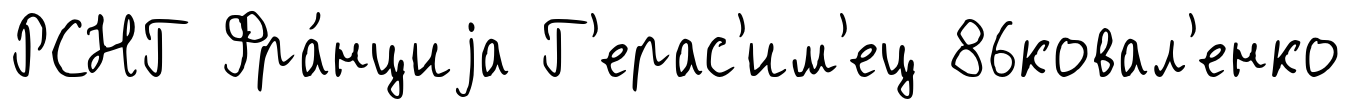
РСНГ Фра́нциjа Г'ерас'им'ец 86ковал'енко